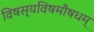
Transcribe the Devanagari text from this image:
विषस्यविषमौषधम्‌